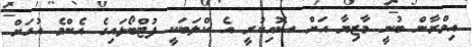
އިމްރާން ބުނީ މާޒިޔާ އަށް ސޮއިކުރީ އެ ކްލަބަކީ ފުޓްބޯޅައިގެ އެންމެ އުހަށް